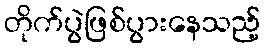
တိုက်ပွဲဖြစ်ပွားနေသည့်